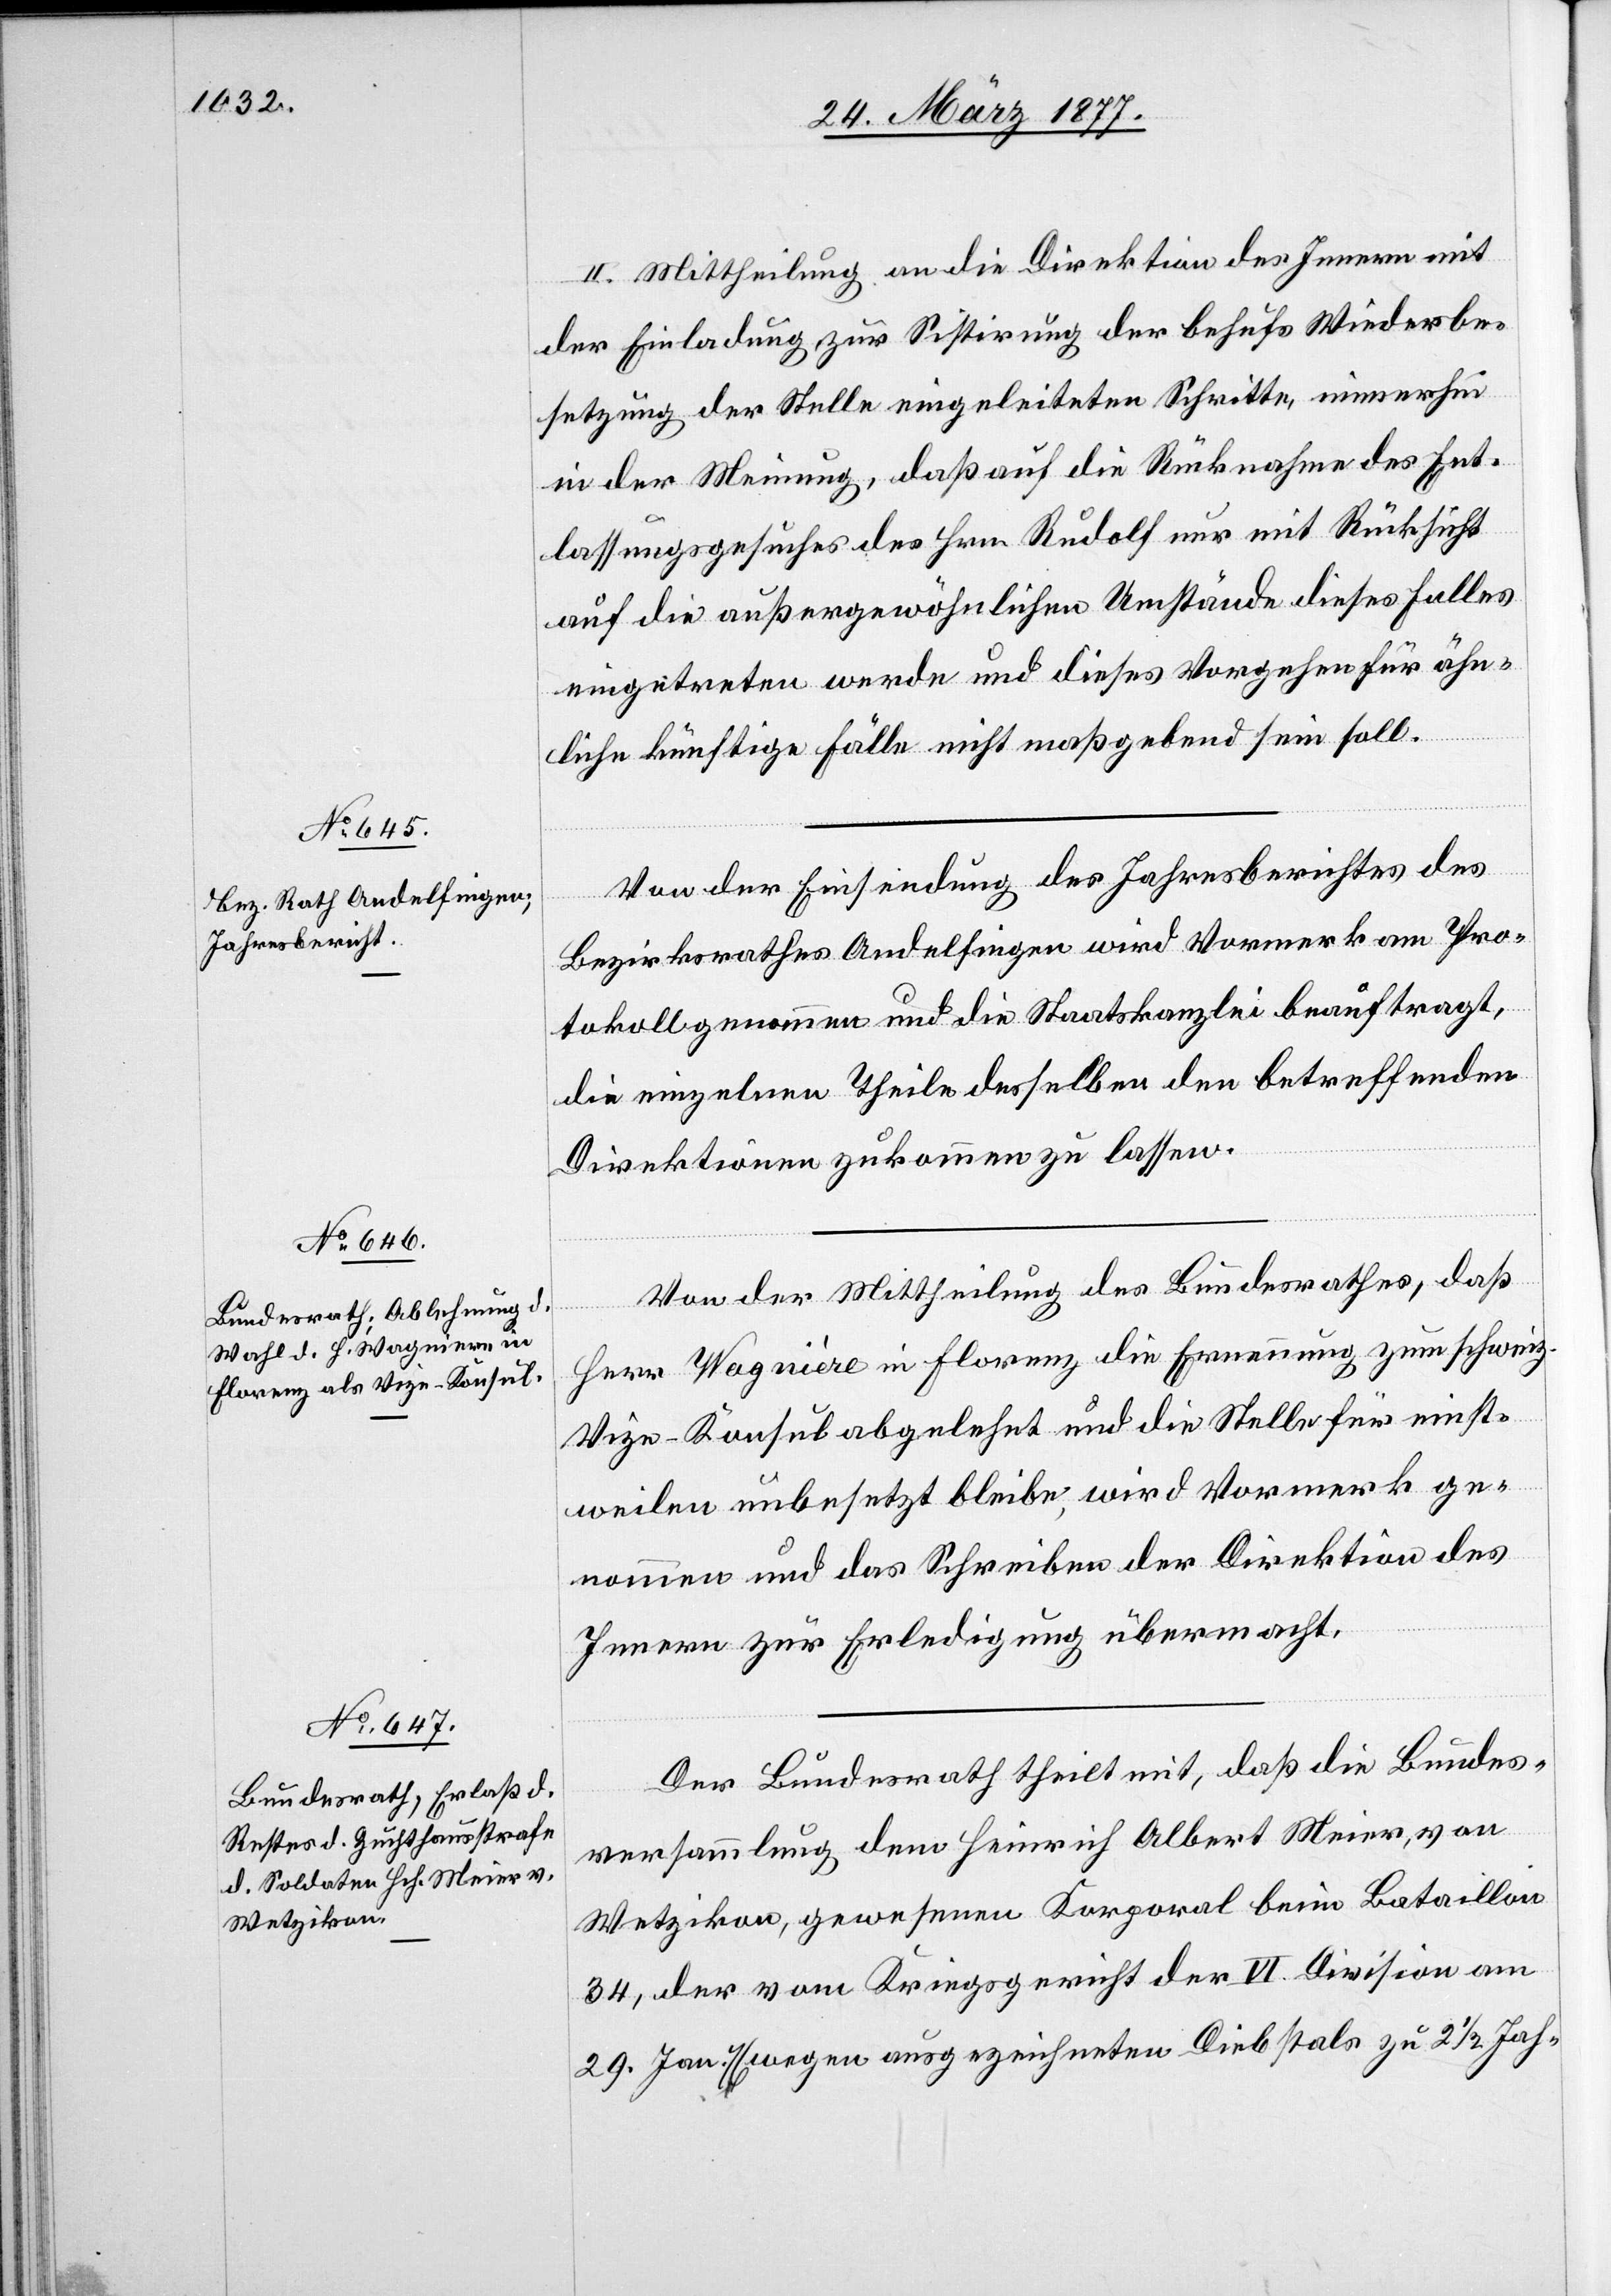
II. Mittheilung an die Direktion des Innern mit
der Einladung zur Sistirung der behufs Wiederbe¬
setzung der Stelle eingeleiteten Schritte, immerhin
in der Meinung, daß auf die Rücknahme des Ent¬
lassungsgesuches des Hrn. Rudolf nur mit Rücksicht
auf die außergewöhnlichen Umstände dieses Falles
eingetreten werde und dieses Vorgehen für ähn¬
liche künftige Fälle nicht maßgebend sein soll.
zum
Von der Einsendung des Jahresberichtes des
die
Bezirksrathes Andelfingen wird Vormerk am Pro¬
tokoll genommen und die Staatskanzlei beauftragt,
die einzelnen Theile desselben den betreffenden
Direktionen zukommen zu lassen.
Von der Mittheilung des Bundesrathes, daß
Vize-Konsul abgelehnt und die Stelle für einst¬
weilen unbesetzt bleibe, wird Vormerk ge¬
nommen und das Schreiben der Direktion des
Innern zur Erledigung übermacht.
Der Bundesrath theilt mit, daß die Bundes¬
versammlung dem Heinrich Albert Meier, von
Wetzikon, gewesenen Korporal beim Bataillon
34, der vom Kriegsgericht der VI Division
29. Jan. 76 wegen ausgezeichneten Diebstals zu 2 1/2 Jah-